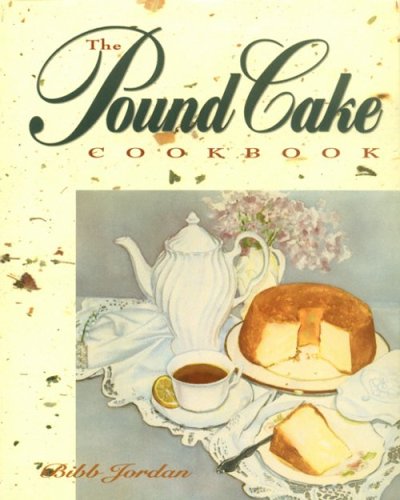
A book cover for The Pound Cake Book; Bibb Jordan; Cookbooks, Food & Wine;